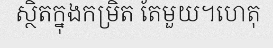
ស្ថិតក្នុងកម្រិត តែមួយ។ហេតុ